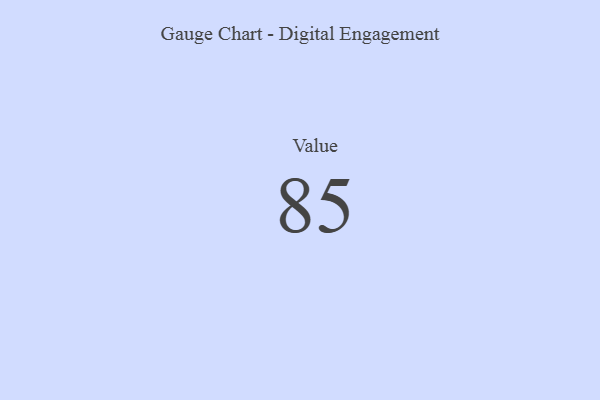
{"axis": {"x": "Metric", "y": "Value"}, "legend": [""], "data": [{"x": "Value", "y": 85, "type": ""}]}